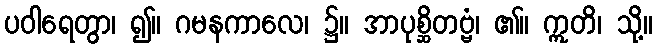
ပဝါရေတွာ၊ ၍။ ဂမနကာလေ၊ ၌။ အာပုစ္ဆိတဗ္ဗံ၊ ၏။ ဣတိ၊ သို့။